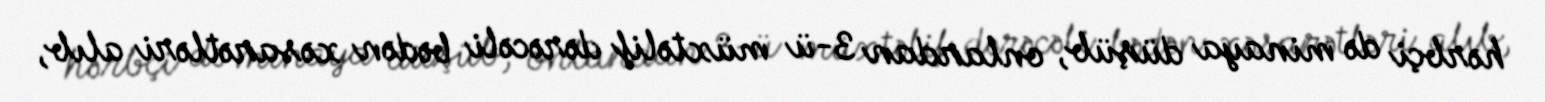
hərbçi də minaya düşüb, onlardan 3-ü müxtəlif dərəcəli bədən xəsarətləri alıb,